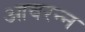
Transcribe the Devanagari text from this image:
आवरन्न